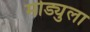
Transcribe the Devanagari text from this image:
मोड्युला